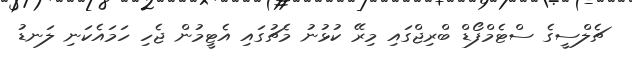
ޗެލްސީގެ ސްޓެމްފޯޑް ބްރިޖްގައި މިރޭ ކުޅުނު މެޗުގައި އެޓީމުން ޖެހި ހަމައެކަނި ލަނޑު